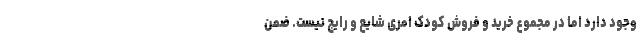
وجود دارد اما در مجموع خرید و فروش کودک امری شایع و رایج نیست. ضمن